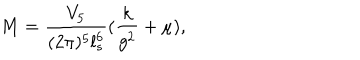
M = { \frac { V _ { 5 } } { ( 2 \pi ) ^ { 5 } l _ { s } ^ { 6 } } } ( { \frac { k } { g ^ { 2 } } } + \mu ) ,